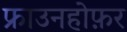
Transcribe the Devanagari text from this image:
फ्राउनहोफ़र